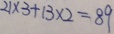
2 1 \times 3 + 1 3 \times 2 = 8 9